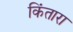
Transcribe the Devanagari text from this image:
किंतारा